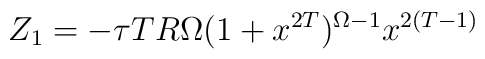
Z_1 = -\tau T R\Omega (1+x^{2T})^{\Omega-1} {x^{2(T-1)}}